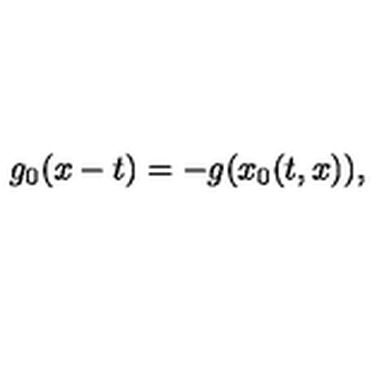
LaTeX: g _ { 0 } ( x - t ) = - g ( x _ { 0 } ( t , x ) ) ,